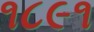
૧૮૯૧